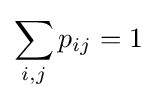
\sum _{i,j}p_{ij}=1